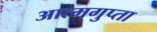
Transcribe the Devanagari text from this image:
आत्मगुप्ता